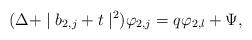
LaTeX: \begin{align*}(\Delta+\mid b_{2,j}+t\mid^{2})\varphi_{2,j}=q\varphi_{2,l}+\Psi,\end{align*}